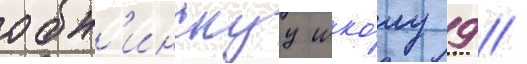
обн'инскуу шко́лу 9 //